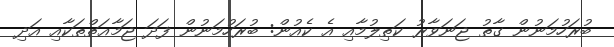
ބުރަހުމަނުން ގާތު ޖަނަވާރު ކަތިލުމާއި އެ ކެއުން: ބުރަހުމަނުން ފަދަ ޖަމާޢަތްތަކާއި އަދި